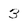
Character: 3